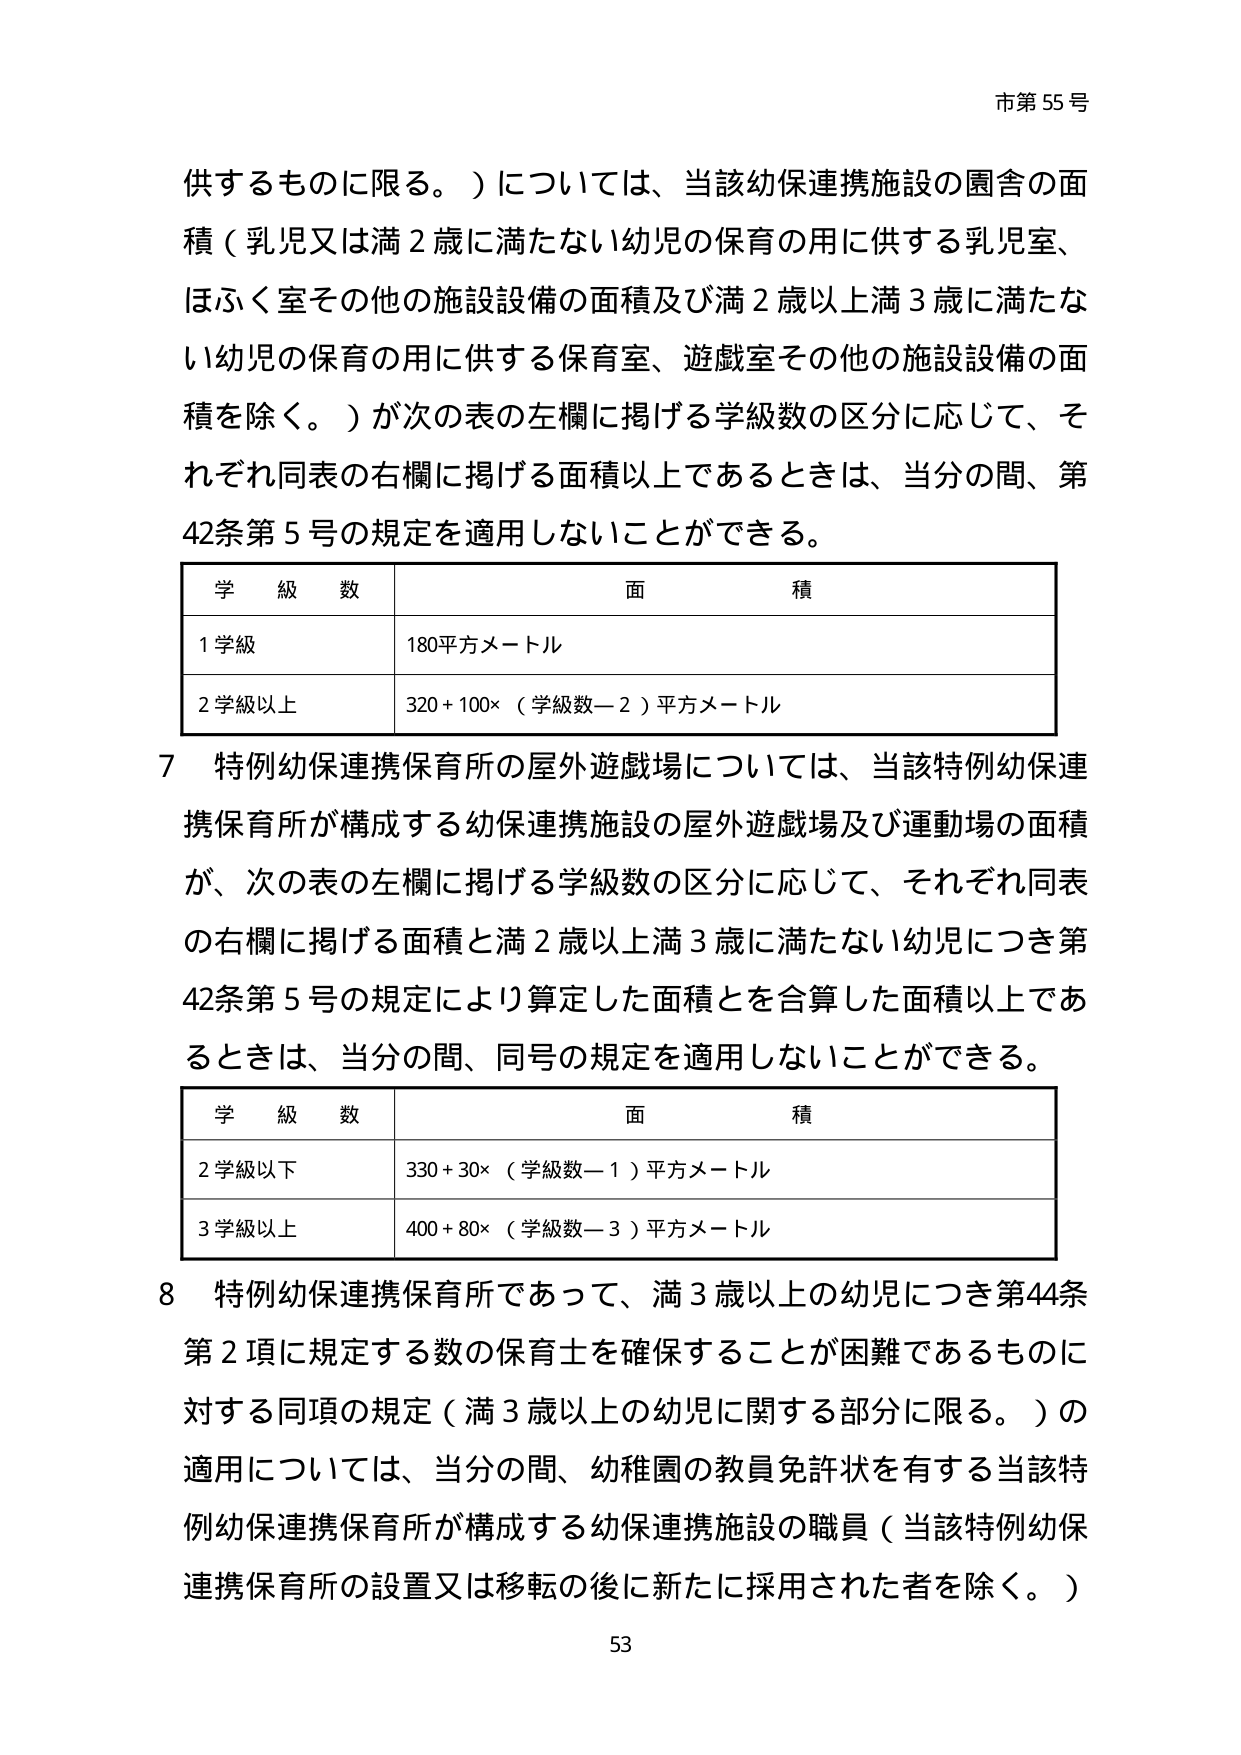
市第55号

供するものに限る。）については、当該幼保連携施設の園舎の面積（乳児又は満2歳に満たない幼児の保育の用に供する乳児室、ほふく室その他の施設設備の面積及び満2歳以上満3歳に満たない幼児の保育の用に供する保育室、遊戯室その他の施設設備の面積を除く。）が次の表の左欄に掲げる学級数の区分に応じて、それぞれ同表の右欄に掲げる面積以上であるときは、当分の間、第42条第5号の規定を適用しないことができる。

| 学級数 | 面積 |
|--------|------|
| 1学級 | 180平方メートル |
| 2学級以上 | 320 + 100×（学級数－2）平方メートル |

7 特例幼保連携保育所の屋外遊戯場については、当該特例幼保連携保育所が構成する幼保連携施設の屋外遊戯場及び運動場の面積が、次の表の左欄に掲げる学級数の区分に応じて、それぞれ同表の右欄に掲げる面積と満2歳以上満3歳に満たない幼児につき第42条第5号の規定により算定した面積とを合算した面積以上であるときは、当分の間、同号の規定を適用しないことができる。

| 学級数 | 面積 |
|--------|------|
| 2学級以下 | 330 + 30×（学級数－1）平方メートル |
| 3学級以上 | 400 + 80×（学級数－3）平方メートル |

8 特例幼保連携保育所であって、満3歳以上の幼児につき第44条第2項に規定する数の保育士を確保することが困難であるものに対する同項の規定（満3歳以上の幼児に関する部分に限る。）の適用については、当分の間、幼稚園の教員免許状を有する当該特例幼保連携保育所が構成する幼保連携施設の職員（当該特例幼保連携保育所の設置又は移転の後に新たに採用された者を除く。）

53